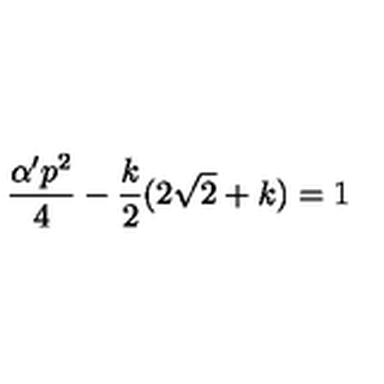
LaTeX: \frac { \alpha ^ { \prime } p ^ { 2 } } { 4 } - \frac { k } { 2 } ( 2 \sqrt { 2 } + k ) = 1